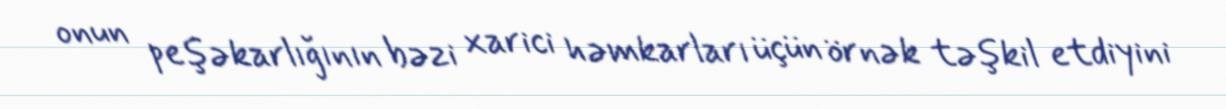
onun peşəkarlığının bəzi xarici həmkarları üçün örnək təşkil etdiyini